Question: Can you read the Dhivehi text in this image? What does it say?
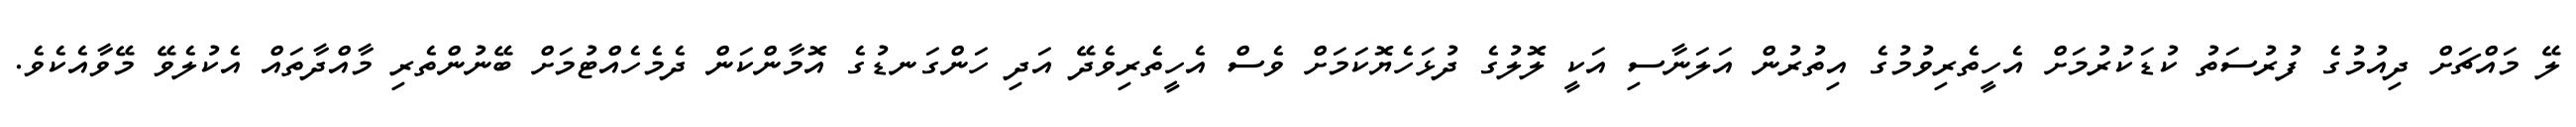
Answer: ލޭ މައްޗަށް ދިއުމުގެ ފުރުސަތު ކުޑަކުރުމަށް އެހީތެރިވުމުގެ އިތުރުން އަލަނާސި އަކީ ލޮލުގެ ދުޅަހެޔޮކަމަށް ވެސް އެހީތެރިވެދޭ އަދި ހަންގަނޑުގެ އޮމާންކަން ދެމެހެއްޓުމަށް ބޭނުންތެރި މާއްދާތައް އެކުލެވޭ މޭވާއެކެވެ.